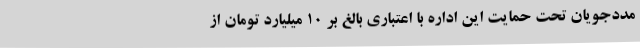
مددجویان تحت حمایت این اداره با اعتباری بالغ بر 10 میلیارد تومان از